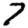
Digit: 7